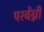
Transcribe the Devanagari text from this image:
परबेंग्नी